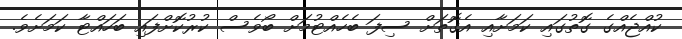
ކުއްޖެއްގެ ގޮތުގައި ކަމަށާއި އެގޮތަށް ސިފަ ބެހެއްޓުމަށް ބޯވެސް ކުރުކޮށްފައި ބަހައްޓާ ކަަމަށެވެ.